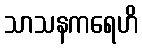
သာသနကရေဟိ